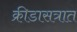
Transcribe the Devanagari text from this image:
क्रीडासत्रात